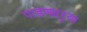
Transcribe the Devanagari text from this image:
पाडणाऱ्र्‍या